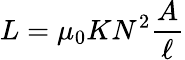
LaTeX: L=\mu_{0}KN^{2}{\frac{A}{\ell}}